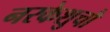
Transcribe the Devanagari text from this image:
नरकेशुचौ